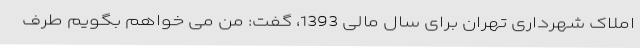
املاک شهرداری تهران برای سال مالی 1393، گفت: من می خواهم بگویم طرف